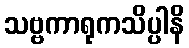
သဗ္ဗကာရုကသိပ္ပါနိ